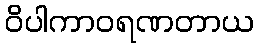
ဝိပါကာဝရဏတာယ